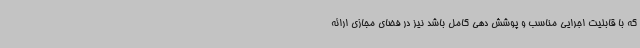
که با قابلیت اجرایی مناسب و پوشش دهی کامل باشد نیز در فضای مجازی ارائه